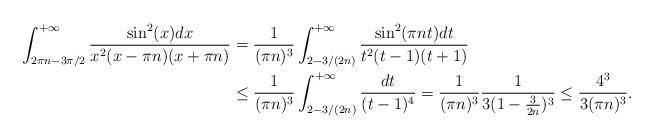
LaTeX: \begin{align*}\int_{2\pi n-3\pi/2}^{+\infty}\frac{\sin^2(x)dx}{x^2(x-\pi n)(x+\pi n)}&=\frac{1}{(\pi n)^3}\int_{2-3/(2n)}^{+\infty}\frac{\sin^2(\pi n t)dt}{t^2(t-1)(t+1)} \\&\leq \frac{1}{(\pi n)^3}\int_{2-3/(2n)}^{+\infty}\frac{dt}{(t-1)^4}=\frac{1}{(\pi n)^3}\frac{1}{3(1-\frac{3}{2n})^3}\leq \frac{4^3}{3(\pi n)^3}.\end{align*}